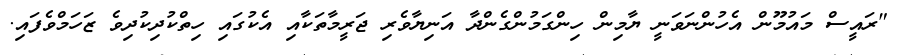
"ރައީސް މައުމޫން އެހުންނަވަނީ ޔާމިން ހިންގަމުންގެންދާ އަނިޔާވެރި ޖަރީމާތަކާއި އެކުގައި ހިތްކުދިކުދިވެ ޒަހަމްވެފައި.